On a parasite found in the white corpuscles of the blood of palm squirrels - Number 24
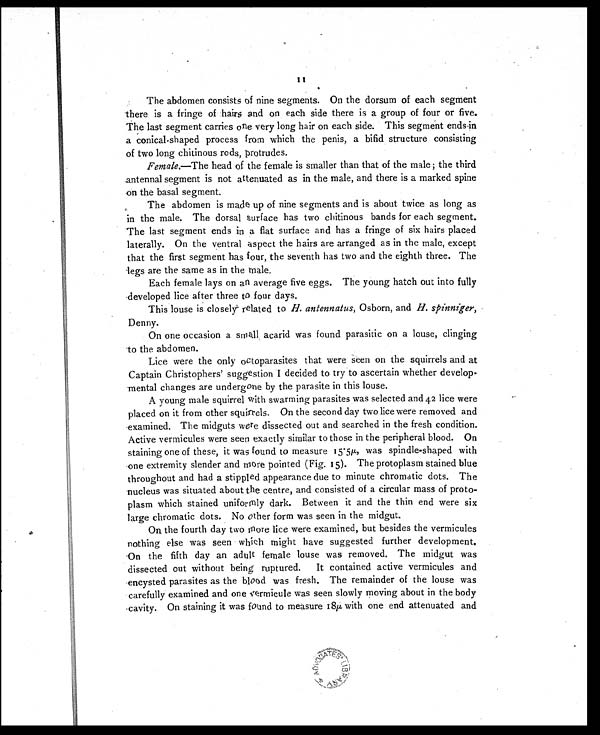
11
The abdomen consists of nine segments. On the dorsum of each segment
there is a fringe of hairs and on each side there is a group of four or five.
The last segment carries one very long hair on each side. This segment ends in
a conical-shaped process from which the penis, a bifid structure consisting
of two long chitinous rods, protrudes.
Female.—The head of the female is smaller than that of the male ; the third
antennal segment is not attenuated as in the male, and there is a marked spine
on the basal segment.
The abdomen is made up of nine segments and is about twice as long as
in the male. The dorsal surface has two chitinous bands for each segment.
The last segment ends in a flat surface and has a fringe of six hairs placed
laterally. On the ventral aspect the hairs are arranged as in the male, except
that the first segment has four, the seventh has two and the eighth three. The
legs are the same as in the male.
Each female lays on an average five eggs. The young hatch out into fully
developed lice after three to four days.
This louse is closely related to H. antennatus, Osborn, and H. spinniger,
Denny.
On one occasion a small acarid was found parasitic on a louse, clinging
to the abdomen.
Lice were the only octoparasites that were seen on the squirrels and at
Captain Christophers' suggestion I decided to try to ascertain whether develop-
mental changes are undergone by the parasite in this louse.
A young male squirrel with swarming parasites was selected and 42 lice were
placed on it from other squirrels. On the second day two lice were removed and
examined. The midguts were dissected out and searched in the fresh condition.
Active vermicules were seen exactly similar to those in the peripheral blood. On
staining one of these, it was found to measure 15.5 µ was spindle-shaped with
one extremity slender and more pointed (Fig. 15). The protoplasm stained blue
throughout and had a stippled appearance due to minute chromatic dots. The
nucleus was situated about the centre, and consisted of a circular mass of proto-
plasm which stained uniformly dark. Between it and the thin end were six
large chromatic dots. No other form was seen in the midgut.
On the fourth day two more lice were examined, but besides the vermicules
nothing else was seen which might have suggested further development.
On the fifth day an adult female louse was removed. The midgut was
dissected out without being ruptured. It contained active vermicules and
encysted parasites as the blood was fresh. The remainder of the louse was
carefully examined and one vermicule was seen slowly moving about in the body
cavity. On staining it was found to measure 18 µ with one end attenuated and